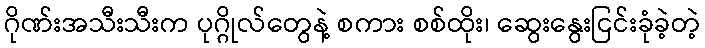
ဂိုဏ်းအသီးသီးက ပုဂ္ဂိုလ်တွေနဲ့ စကား စစ်ထိုး၊ ဆွေးနွေးငြင်းခုံခဲ့တဲ့